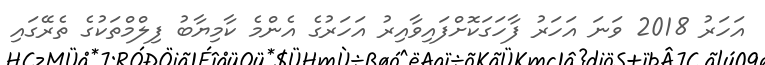
އަހަރު 2018 ވަނަ އަހަރު ފާހަގަކޮށްފައިވާއިރު އަހަރުގެ އެންމެ ކާމިޔާބު ފިލްމްތަކުގެ ތެރޭގައި